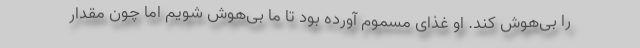
را بی‌هوش کند. او غذای مسموم آورده بود تا ما بی‌هوش شویم اما چون مقدار